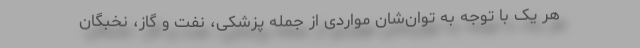
هر یک با توجه به توان‌شان مواردی از جمله پزشکی، نفت و گاز، نخبگان